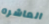
العاشره